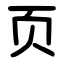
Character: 页